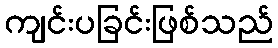
ကျင်းပခြင်းဖြစ်သည်